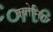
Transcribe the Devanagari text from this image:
क्योनिग